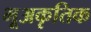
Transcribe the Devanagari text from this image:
भूअकृतिक